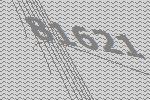
81621